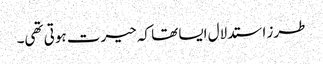
طرز استدلال ایسا تھا کہ حیرت ہوتی تھی۔